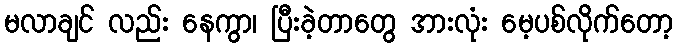
မလာချင် လည်း နေကွာ၊ ပြီးခဲ့တာတွေ အားလုံး မေ့ပစ်လိုက်တော့